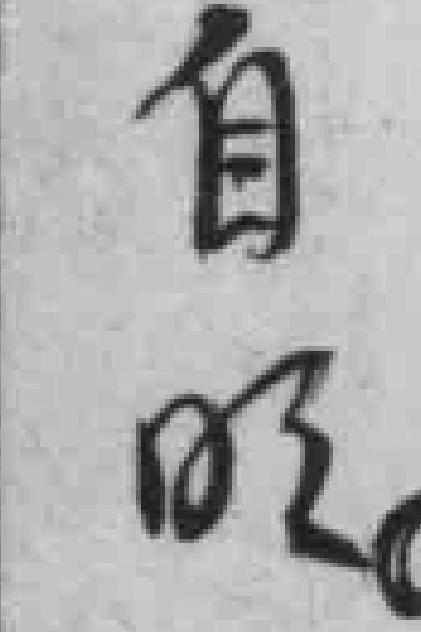
自明